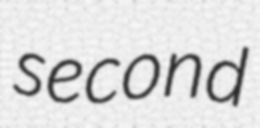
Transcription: second